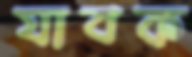
যাবক